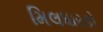
મિલધારકો